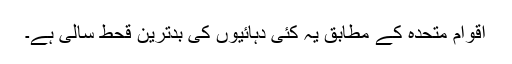
اقوام متحدہ کے مطابق یہ کئی دہائیوں کی بدترین قحط سالی ہے۔